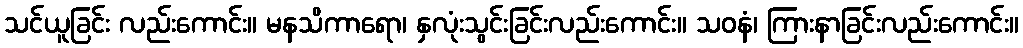
သင်ယူခြင်း လည်းကောင်း။ မနသိကာရော၊ နှလုံးသွင်းခြင်းလည်းကောင်း။ သဝနံ၊ ကြားနာခြင်းလည်းကောင်း။